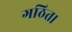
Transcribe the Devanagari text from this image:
गठित।